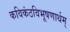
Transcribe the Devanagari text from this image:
कविकंठविभूषणार्थम्